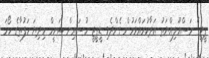
ޕީޖީގެ މަސްއޫލިއްޔަތު އަދާކުރައްވަމުން ގެންދެވި ޑީޕީޖީ ހުސައިން ޝަމީމް މިދިޔަ ހަފުތާގެ ހޯމަ